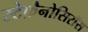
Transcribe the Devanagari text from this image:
स्टेफ़ैनोसिरॉस